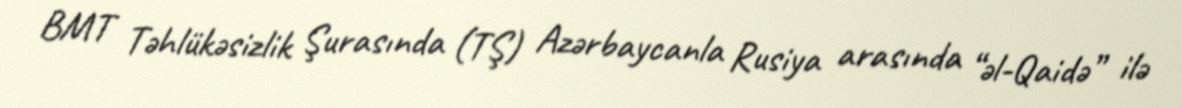
BMT Təhlükəsizlik Şurasında (TŞ) Azərbaycanla Rusiya arasında “əl-Qaidə” ilə